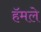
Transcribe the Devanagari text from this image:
हॅमले